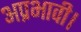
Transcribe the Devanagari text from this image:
अप्रभावी।